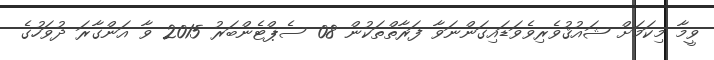
ވީމާ މިކަމަށް ޝައުޤުވެރިވެވަޑައިގަންނަވާ ފަރާތްތަކުން 08 ސެޕްޓެންބަރު 2015 ވާ އަންގާރަ ދުވަހުގެ